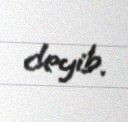
deyib.